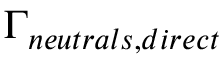
\Gamma _ { n e u t r a l s , d i r e c t }